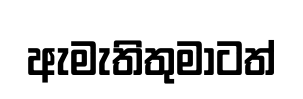
ඇමැතිතුමාටත්